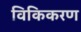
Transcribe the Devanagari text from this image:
विकिकरण